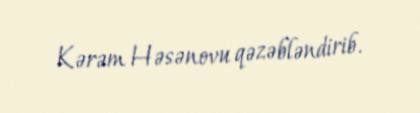
Kərəm Həsənovu qəzəbləndirib.